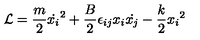
{ \cal { L } } = \frac { m } { 2 } { \dot { x _ { i } } } ^ { 2 } + \frac { B } { 2 } \epsilon _ { i j } x _ { i } \dot { x _ { j } } - \frac { k } { 2 } { x _ { i } } ^ { 2 }